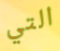
التي